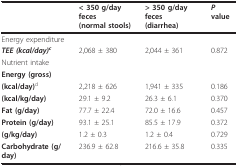
<table><thead><tr><td></td><td><b>&lt; 350 g/day feces(normal stools)</b></td><td><b>&gt; 350 g/day feces(diarrhea)</b></td><td><b><i>P </i>value</b></td></tr></thead><tbody><tr><td colspan="4">Energy expenditure</td></tr><tr><td><b><i>TEE (kcal/day)<sup>c</sup></i></b></td><td>2,068 ± 380</td><td>2,044 ± 361</td><td>0.872</td></tr><tr><td>Nutrient intake</td><td></td><td></td><td></td></tr><tr><td><b>Energy (gross)</b></td><td></td><td></td><td></td></tr><tr><td><b>(kcal/day)</b><sup>d</sup></td><td>2,218 ± 626</td><td>1,941 ± 335</td><td>0.186</td></tr><tr><td><b>(kcal/kg/day)</b></td><td>29.1 ± 9.2</td><td>26.3 ± 6.1</td><td>0.370</td></tr><tr><td><b>Fat (g/day)</b></td><td>77.7 ± 22.4</td><td>72.0 ± 16.6</td><td>0.457</td></tr><tr><td><b>Protein (g/day)</b></td><td>93.1 ± 25.1</td><td>85.5 ± 17.9</td><td>0.372</td></tr><tr><td><b>(g/kg/day)</b></td><td>1.2 ± 0.3</td><td>1.2 ± 0.4</td><td>0.729</td></tr><tr><td><b>Carbohydrate (g/day)</b></td><td>236.9 ± 62.8</td><td>216.6 ± 35.8</td><td>0.335</td></tr></tbody></table>